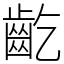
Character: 齕